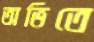
অভিতে